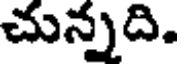
చున్నది.